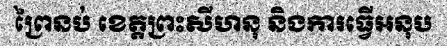
ព្រៃនប់ ខេត្តព្រះសីហនុ និងការធ្វើអនុប